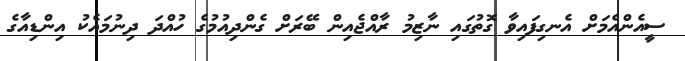
ސީއެންއެމަށް އެނގިފައިވާ ގޮތުގައި ނާޒިމު ރާއްޖެއިން ބޭރަށް ގެންދިއުމުގެ ހުއްދަ ދިނުމައެކު އިންޑިއާގެ